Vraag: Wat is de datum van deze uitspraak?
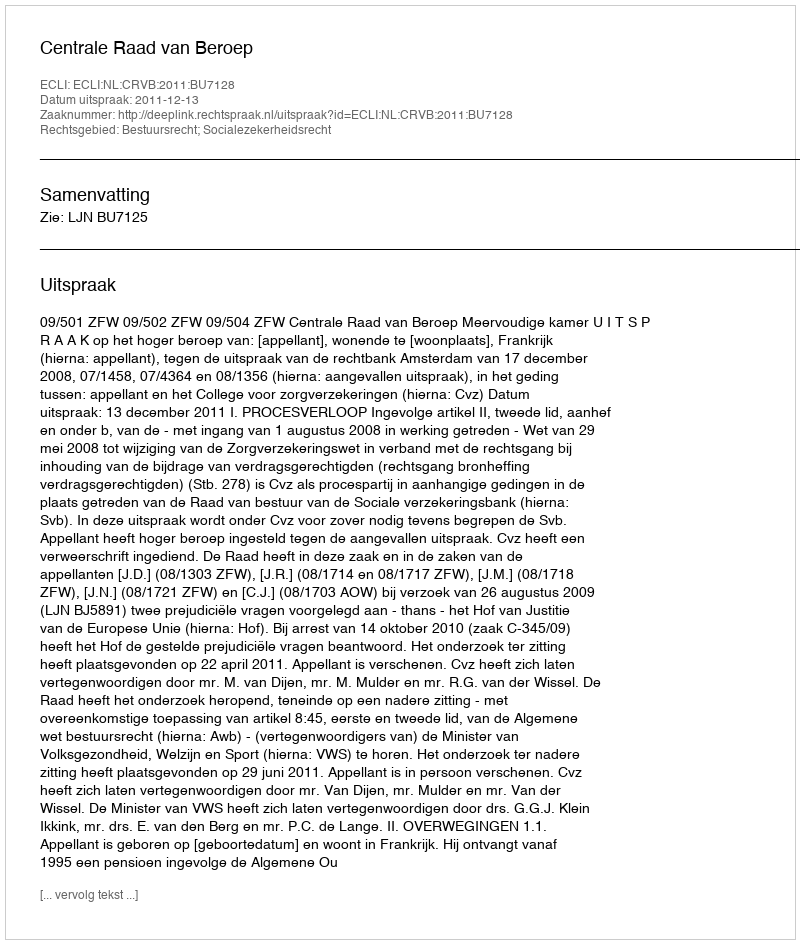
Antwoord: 2011-12-13